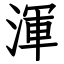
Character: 渾